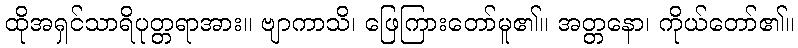
ထိုအရှင်သာရိပုတ္တရာအား။ ဗျာကာသိ၊ ဖြေကြားတော်မူ၏။ အတ္တနော၊ ကိုယ်တော်၏။